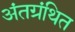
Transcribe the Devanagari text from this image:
अंतग्रंथित